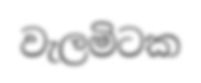
වැලමිටක